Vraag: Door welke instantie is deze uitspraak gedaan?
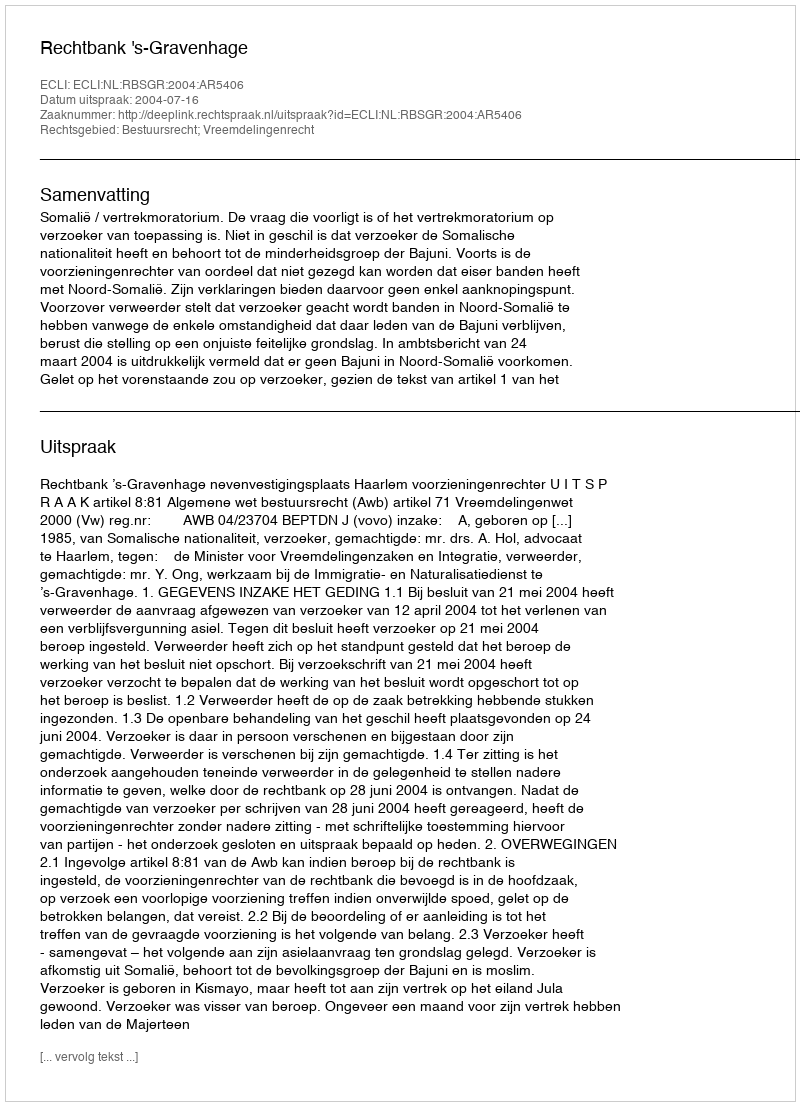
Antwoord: Rechtbank 's-Gravenhage